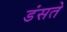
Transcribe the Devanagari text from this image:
डंसते